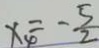
x _ { 4 } = - \frac { 5 } { 2 }